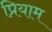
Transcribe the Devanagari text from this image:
प्रियाम